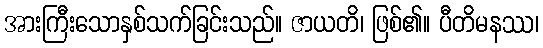
အားကြီးသောနှစ်သက်ခြင်းသည်။ ဇာယတိ၊ ဖြစ်၏။ ပီတိမနဿ၊